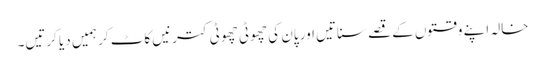
خالہ اپنے وقتوں کے قصے سناتیں اور پان کی چھوٹی چھوٹی کترنیں کاٹ کر ہمیں دیا کرتیں۔